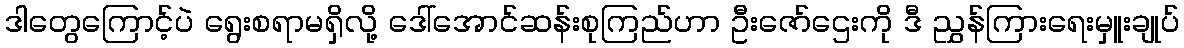
ဒါတွေကြောင့်ပဲ ရွေးစရာမရှိလို့ ဒေါ်အောင်ဆန်းစုကြည်ဟာ ဦးဇော်ဌေးကို ဒီ ညွှန်ကြားရေးမှူးချုပ်